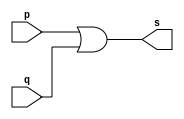
// -------------------------
// Exemplo0004 - OR
// Nome: Ana Carolina Conceio de Jesus
// -------------------------
// -------------------------
// -- or gate
// -------------------------
module orgate ( output s,
input p, q);
assign s = p | q;
endmodule // orgate
// ---------------------
// -- test or gate
// ---------------------
module testorgate;
// ------------------------- dados locais
reg a, b; // definir registradores
wire s; // definir conexao (fio)
// ------------------------- instancia
orgate OR1 (s, a, b);
// ------------------------- preparacao
initial begin:start
// atribuicao simultanea
// dos valores iniciais
a=0; b=0;
end
// ------------------------- parte principal
initial begin
$display("Exemplo0004 - Ana Carolina - 449517");
$display("Test OR gate");
$display("\na | b = s\n");
a=0; b=0;
#1 $display("%b | %b = %b", a, b, s);
a=0; b=1;
#1 $display("%b | %b = %b", a, b, s);
a=1; b=0;
#1 $display("%b | %b = %b", a, b, s);
a=1; b=1;
#1 $display("%b | %b = %b", a, b, s);
end
endmodule // testorgate